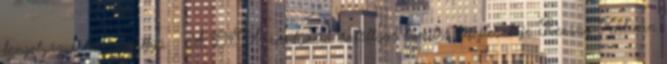
tengelyágykenő-szivattyú. ↑ A D.S.A.-rendszerű öntöttvas tömítés kifejlesztője Rezsny Kálmán